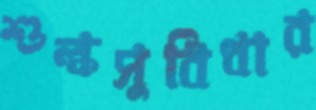
শুল্কসুবিধার